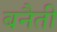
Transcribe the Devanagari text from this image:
बनैती